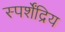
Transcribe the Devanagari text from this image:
स्पर्शेंद्रिय